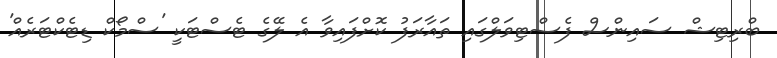
ބްރިޓިޝް ސައިންސް ފެސްޓިވަލްގައި ތައާރަފު ކޮށްފައިވާ އެ ލޭގެ ޓެސްޓަކީ 'ސްމޯކް ޑިޓެކްޓަރެއް'